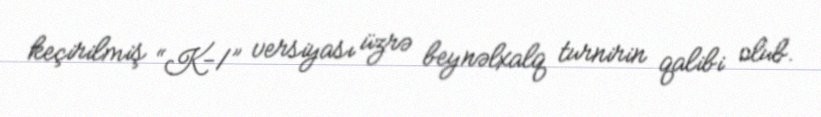
keçirilmiş “K-1” versiyası üzrə beynəlxalq turnirin qalibi olub.